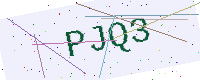
Text: PJQ3